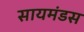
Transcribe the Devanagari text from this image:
सायमंडस